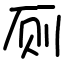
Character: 厕